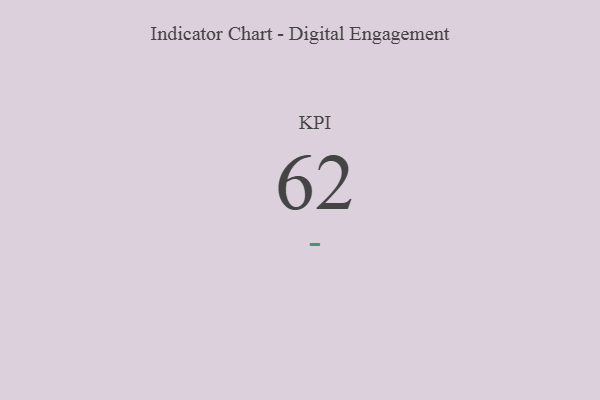
{"axis": {"x": "KPI", "y": "Value"}, "legend": [""], "data": [{"x": "KPI", "y": 62, "type": ""}]}